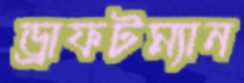
ড্রাফটম্যান